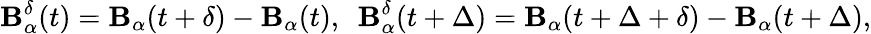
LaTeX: \mathbf{B}_{\alpha}^{\delta}(t)=\mathbf{B}_{\alpha}(t+\delta)-\mathbf{B}_{\alpha}(t),\, \, \, \mathbf{B}_{\alpha}^{\delta}(t+\Delta)=\mathbf{B}_{\alpha}(t+\Delta+\delta)-\mathbf{B}_{\alpha}(t+\Delta),